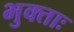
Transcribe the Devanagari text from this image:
भुक्ताः